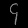
Digit: ၄